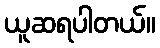
ယူဆရပါတယ်။